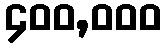
၄၀၀,၀၀၀